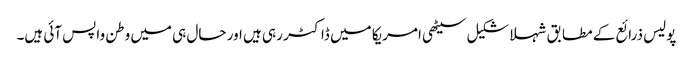
پولیس ذرائع کے مطابق شہلا شکیل سیٹھی امریکا میں ڈاکٹر رہی ہیں اور حال ہی میں وطن واپس آئی ہیں۔